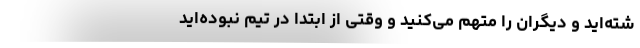
شته‌اید و دیگران را متهم می‌کنید و وقتی از ابتدا در تیم نبوده‌اید